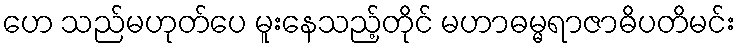
ဟေ သည်မဟုတ်ပေ မူးနေသည့်တိုင် မဟာဓမ္မရာဇာဓိပတိမင်း